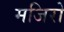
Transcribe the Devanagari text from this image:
मजिरो